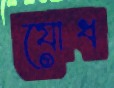
যোধ